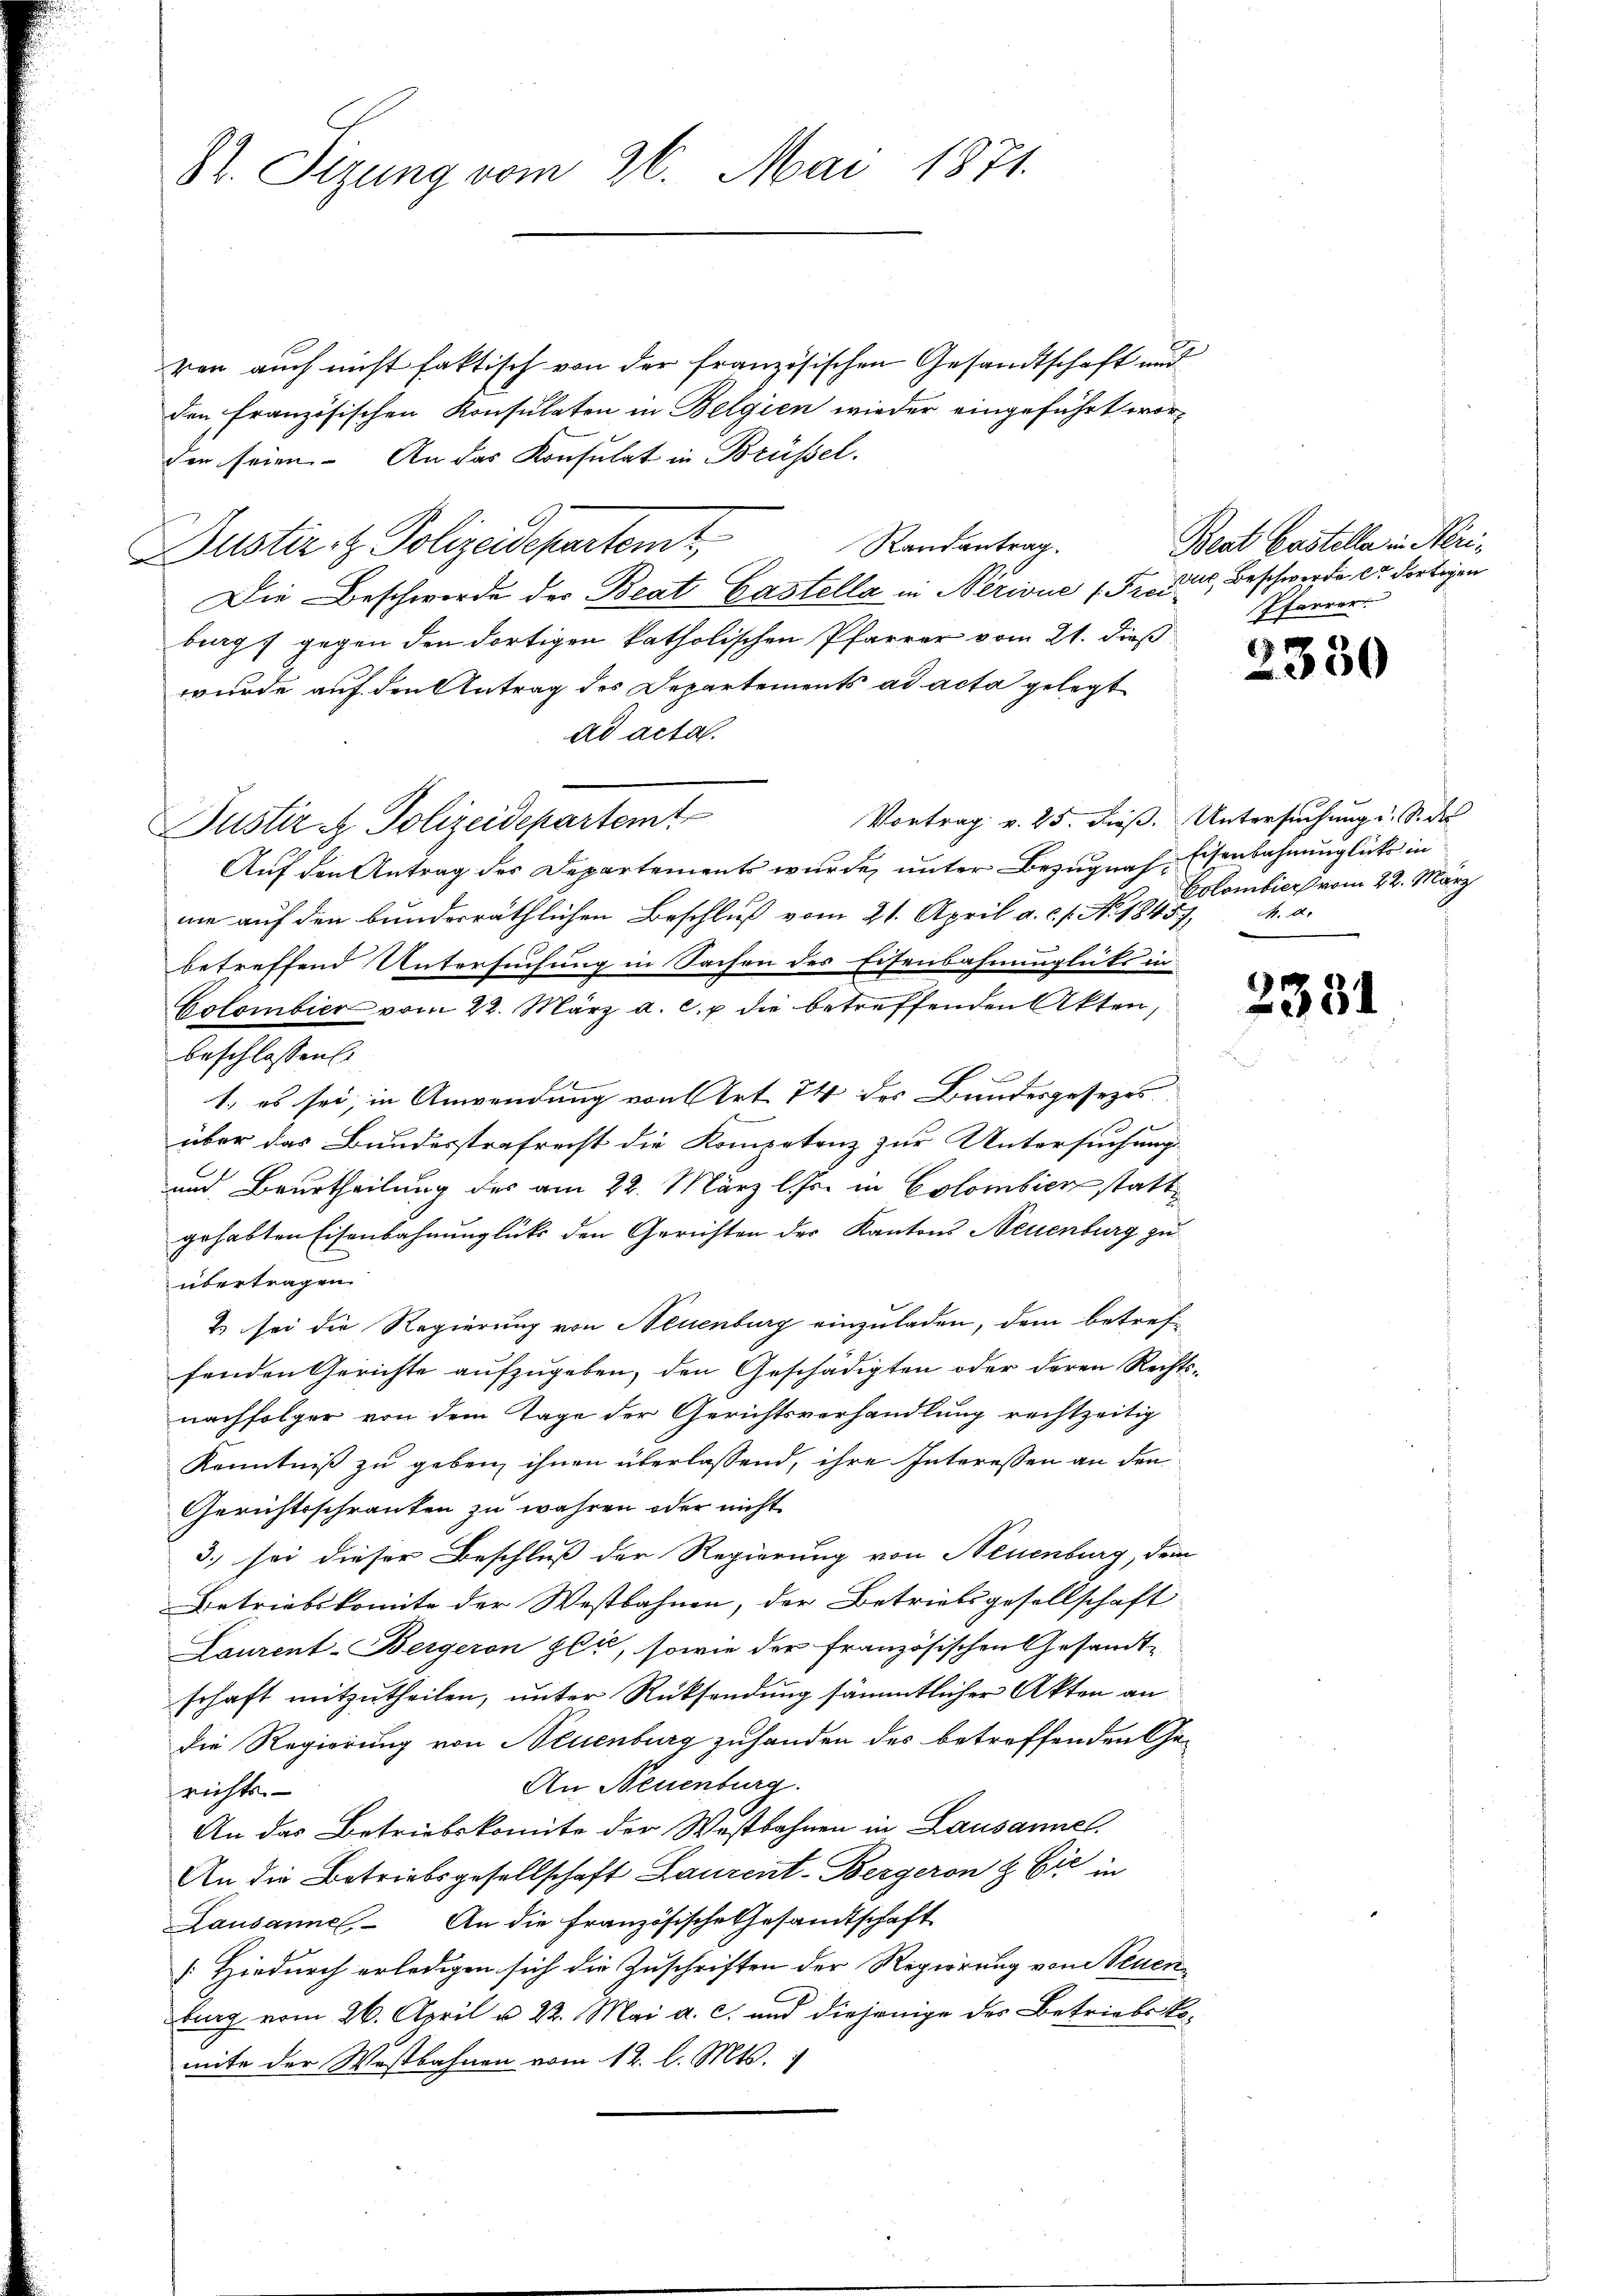
82. Sizung vom 26. Mai 1871.

ven auch nicht faktisch von der französischen Gesandtschaft und
den französischen Konsulaten in Belgien wieder eingeführt worder seien. An das Konsulat in Brüssel.
Randantrag.
Justiz- & Polizeidepartemt,
Die Beschwerde der Beat Castella in Nerivue (Freie Beschwerde er dortigen
burg, gegen den dortigen katholischen Pfarrer vom 21. dieß
wurde auf den Antrag des Departements ad acta gelegt
ad acta.
Vortrag v. 25. dieß. Untersuchung u. S. da
Justiz & Polizeidepartemt
Auf den Antrag des Departements wurde unter Bezugnah-Eisenbahnunglücke in
me auf den bunderräthlichen Beschluß vom 21. April a. c. s. No. 1845, M. a.
betreffend Untersuchung in Sachen des Eisenbahnunglicks in
Colombier vom 22. März a. c. p. die betreffenden Akten,
beschlossen.
1., es sei, in Anwendung von Art. 74 des Bundesgesezes
über das Bundesstrafrecht die Kompetenz zur Untersuchung
und Beurtheilung des am 22. März l. Js. in Colombienstatt
gehabten Eisenbahnunglücks den Gerichten der Kantons Neuenburg zu
übertragen.
2) sei die Regierung von Neuenburg einzuladen, dem betreffenden Gerichte aufzugeben, den Geschädigten oder deren Rechts-
nachfolger von dem Tage der Gerichtsverhandlung rechtzeitig
Kenntniß zu geben, ihnen überlassend, ihre Interessen an den
Gerichtsschränken zu wahren oder nicht
3. sei dieser Beschluß der Regierung von Neuenburg, dem
Betriebskomite der Westbahnen, der Betriebsgesellschaft
Laurent-Bergeron zet, sowie der französischen Gesandt-
schaft mitzutheilen, unter Rücksendung sämmtlicher Akten an
die Regierung von Neuenburg zuhanden des betreffenden Ge-
An Neuenburg.
richts
An das Betriebskomite der Westbahnen in Lausannes.
An die Betriebsgesellschaft Laurent-Bergeron & Cie in
Lausannel. An die französische Gesandtschaft
[Hiedurch erledigen sich die Zuschriften der Regierung von Neuen
burg vom 26. April u. 22. Mai a. c. und diejenige des Betriebskomite der Wastbahnen vom 12. l. Mts.

Beat Castella in Neri¬
Pfarrer.

83
330

Colombier vom 22. März

2331